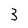
Character: 3